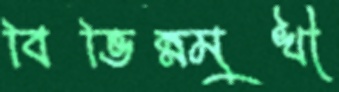
বিভিন্নমুখী